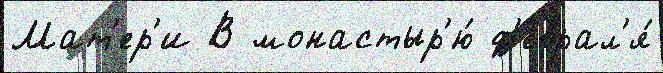
Мат'ер'и В монастыр'ю́ ф'еврал'я́